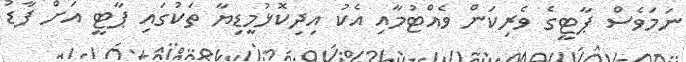
ނަމަވެސް ޕާޓީގެ ވެރިކަން ވެއްޓުމާއި އެކު އިދިކޮޅުމީޑިޔާ ތަކުގައި ޕާޓީ އަށް ފާޑު